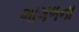
ભાગળના